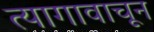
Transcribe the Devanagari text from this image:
त्यागावाचून